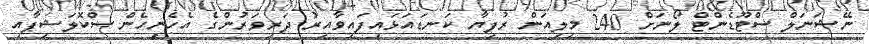
ނޭޝަނަލް ސްޓޫޑެންޓް ލޯނަށް 240 މިލިއަން ރުފިޔާ ކަނޑައަޅައިފައިވާއިރު ދަރިވަރުންގެ އެހެނިހެން ސްކޮލަޝިޕާއި